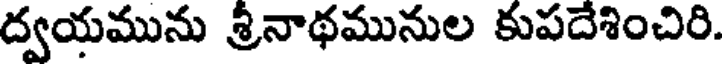
ద్వయమును శ్రీనాథమునుల కుపదేశించిరి.